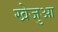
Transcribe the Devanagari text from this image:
खेजुआ